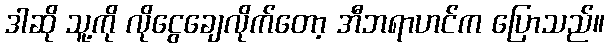
ဒါဆို သူ့ကို လိုငွေချေလိုက်တော့ အီဘရာဟင်က ပြောသည်။